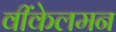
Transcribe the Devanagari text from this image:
वींकेलमन